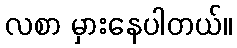
လစာ မှားနေပါတယ်။